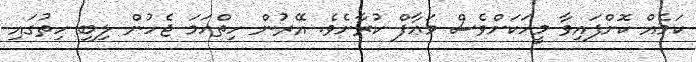
ކަމެއް ކޮށްފައިވާ މީހަކަށްވެސް މަޢާފް ކުރާށެވެ. އޭރުން ހިތްހަމަ ޖެހުން ލިބި ހިތުގައި